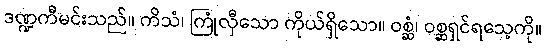
ဒဏ္ဍကီမင်းသည်။ ကိသံ၊ ကြုံလှီသော ကိုယ်ရှိသော။ ဝစ္ဆံ၊ ဝစ္ဆရှင်ရသေ့ကို။